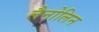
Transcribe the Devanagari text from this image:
लैनोलिन